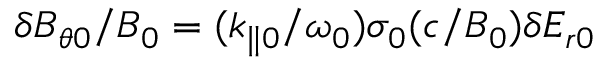
\delta B _ { \theta 0 } / B _ { 0 } = ( k _ { \parallel 0 } / \omega _ { 0 } ) \sigma _ { 0 } ( c / B _ { 0 } ) \delta E _ { r 0 }